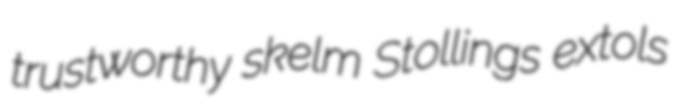
trustworthy skelm Stollings extols